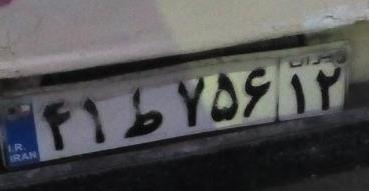
۴۱ط۷۵۶۱۲